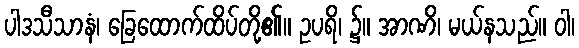
ပါဒသီသာနံ၊ ခြေထောက်ထိပ်တို့၏။ ဥပရိ၊ ၌။ အာဏိ၊ မယ်နသည်။ ဝါ၊